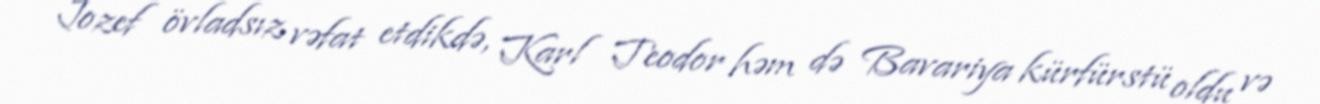
Jozef övladsız vəfat etdikdə, Karl Teodor həm də Bavariya kürfürstü oldu və